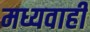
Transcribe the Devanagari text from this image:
मध्यवाही